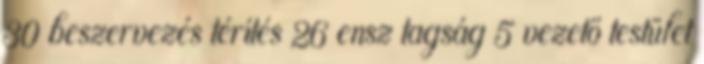
30 beszervezés térítés 26 ensz tagság 5 vezető testület